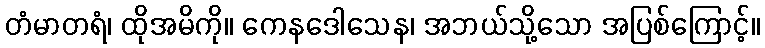
တံမာတရံ၊ ထိုအမိကို။ ကေနဒေါသေန၊ အဘယ်သို့သော အပြစ်ကြောင့်။